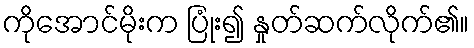
ကိုအောင်မိုးက ပြုံး၍ နှုတ်ဆက်လိုက်၏။